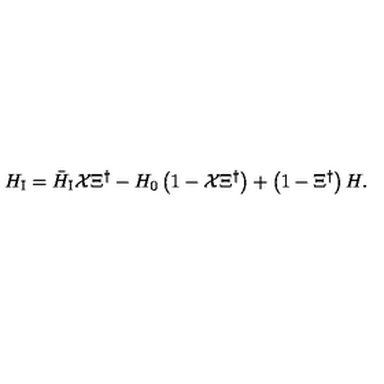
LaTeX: H _ { \mathrm { \scriptsize I } } = { \bar { H } } _ { \mathrm { \scriptsize I } } { \cal X } \Xi ^ { \dagger } - H _ { 0 } \left( 1 - { \cal X } \Xi ^ { \dagger } \right) + \left( 1 - \Xi ^ { \dagger } \right) H .